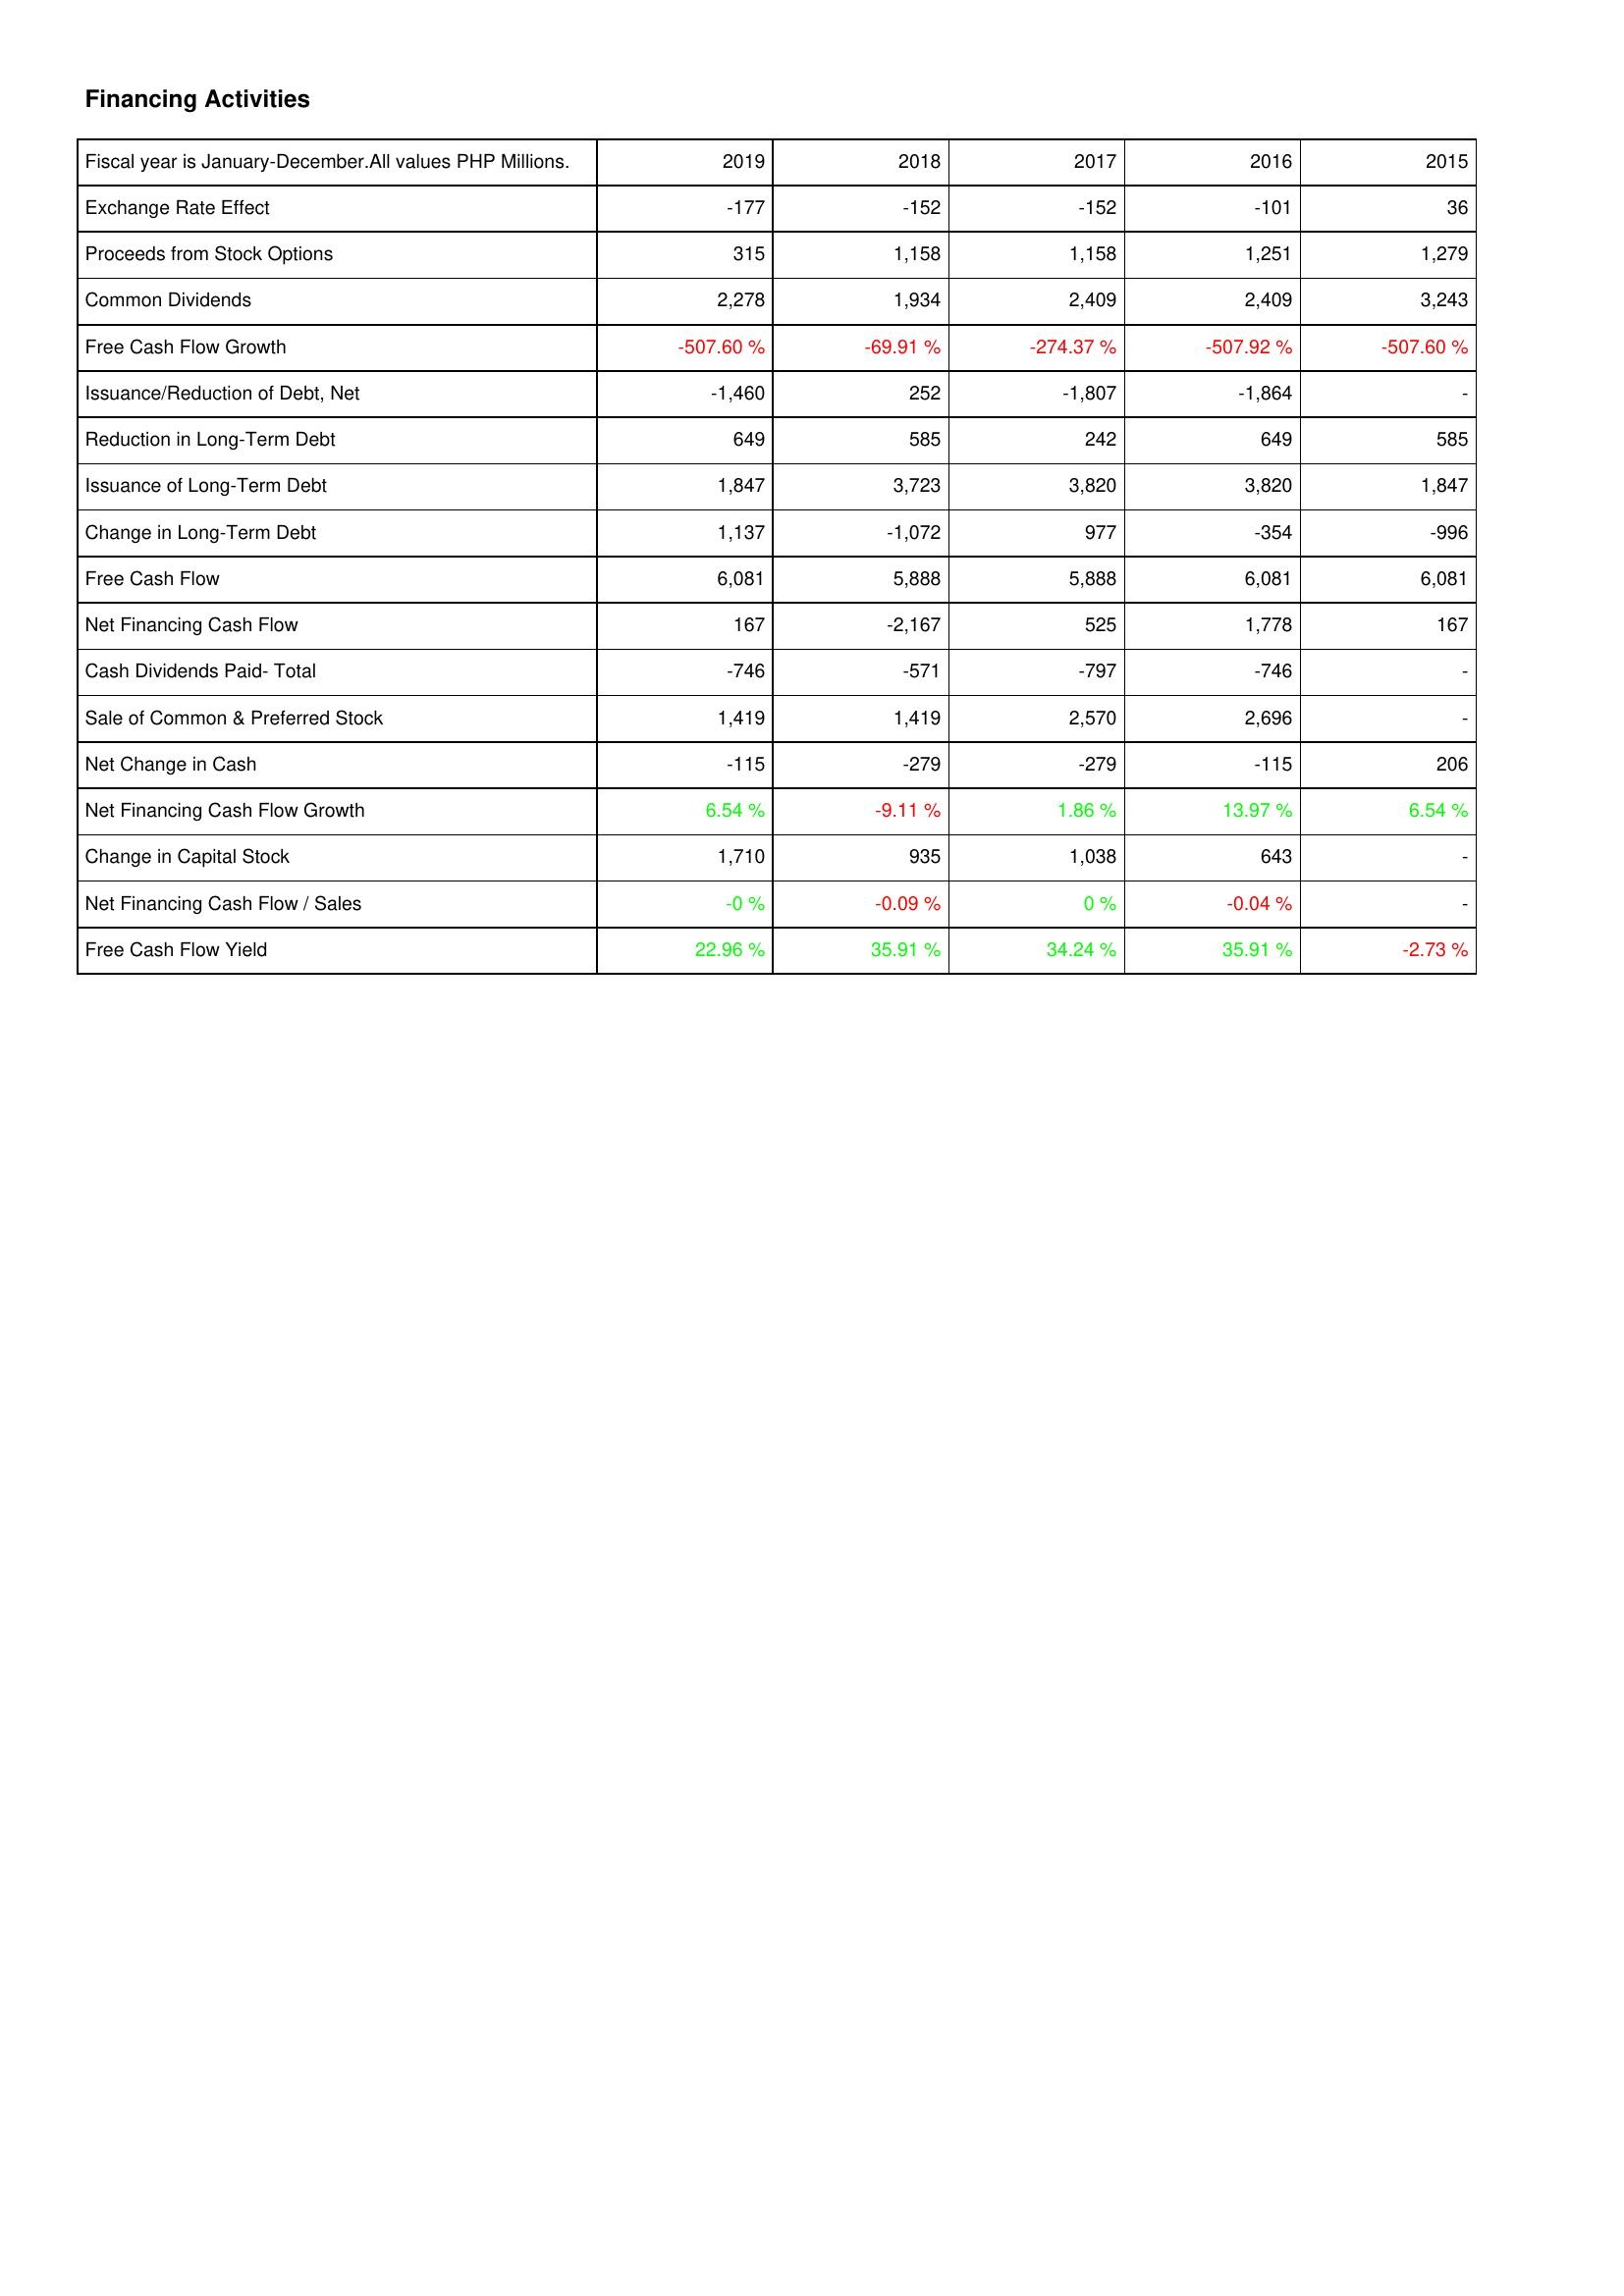
2019: Financing Activities: Exchange Rate Effect: -177
Proceeds from Stock Options: 315
Common Dividends: 2,278
Free Cash Flow Growth: -507.60 %
Issuance/Reduction of Debt, Net: -1,460
Reduction in Long-Term Debt: 649
Issuance of Long-Term Debt: 1,847
Change in Long-Term Debt: 1,137
Free Cash Flow: 6,081
Net Financing Cash Flow: 167
Cash Dividends Paid- Total: -746
Sale of Common & Preferred Stock: 1,419
Net Change in Cash: -115
Net Financing Cash Flow Growth: 6.54 %
Change in Capital Stock: 1,710
Net Financing Cash Flow / Sales: -0 %
Free Cash Flow Yield: 22.96 %
2018: Financing Activities: Exchange Rate Effect: -152
Proceeds from Stock Options: 1,158
Common Dividends: 1,934
Free Cash Flow Growth: -69.91 %
Issuance/Reduction of Debt, Net: 252
Reduction in Long-Term Debt: 585
Issuance of Long-Term Debt: 3,723
Change in Long-Term Debt: -1,072
Free Cash Flow: 5,888
Net Financing Cash Flow: -2,167
Cash Dividends Paid- Total: -571
Sale of Common & Preferred Stock: 1,419
Net Change in Cash: -279
Net Financing Cash Flow Growth: -9.11 %
Change in Capital Stock: 935
Net Financing Cash Flow / Sales: -0.09 %
Free Cash Flow Yield: 35.91 %
2017: Financing Activities: Exchange Rate Effect: -152
Proceeds from Stock Options: 1,158
Common Dividends: 2,409
Free Cash Flow Growth: -274.37 %
Issuance/Reduction of Debt, Net: -1,807
Reduction in Long-Term Debt: 242
Issuance of Long-Term Debt: 3,820
Change in Long-Term Debt: 977
Free Cash Flow: 5,888
Net Financing Cash Flow: 525
Cash Dividends Paid- Total: -797
Sale of Common & Preferred Stock: 2,570
Net Change in Cash: -279
Net Financing Cash Flow Growth: 1.86 %
Change in Capital Stock: 1,038
Net Financing Cash Flow / Sales: 0 %
Free Cash Flow Yield: 34.24 %
2016: Financing Activities: Exchange Rate Effect: -101
Proceeds from Stock Options: 1,251
Common Dividends: 2,409
Free Cash Flow Growth: -507.92 %
Issuance/Reduction of Debt, Net: -1,864
Reduction in Long-Term Debt: 649
Issuance of Long-Term Debt: 3,820
Change in Long-Term Debt: -354
Free Cash Flow: 6,081
Net Financing Cash Flow: 1,778
Cash Dividends Paid- Total: -746
Sale of Common & Preferred Stock: 2,696
Net Change in Cash: -115
Net Financing Cash Flow Growth: 13.97 %
Change in Capital Stock: 643
Net Financing Cash Flow / Sales: -0.04 %
Free Cash Flow Yield: 35.91 %
2015: Financing Activities: Exchange Rate Effect: 36
Proceeds from Stock Options: 1,279
Common Dividends: 3,243
Free Cash Flow Growth: -507.60 %
Issuance/Reduction of Debt, Net: -
Reduction in Long-Term Debt: 585
Issuance of Long-Term Debt: 1,847
Change in Long-Term Debt: -996
Free Cash Flow: 6,081
Net Financing Cash Flow: 167
Cash Dividends Paid- Total: -
Sale of Common & Preferred Stock: -
Net Change in Cash: 206
Net Financing Cash Flow Growth: 6.54 %
Change in Capital Stock: -
Net Financing Cash Flow / Sales: -
Free Cash Flow Yield: -2.73 %